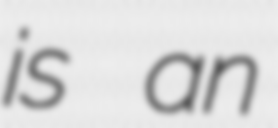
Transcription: is an